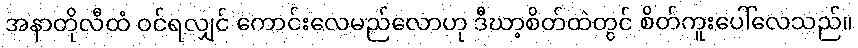
အနာတိုလီထံ ဝင်ရလျှင် ကောင်းလေမည်လောဟု ဒီဃာ့စိတ်ထဲတွင် စိတ်ကူးပေါ်လေသည်။